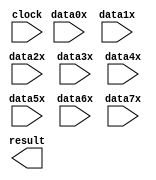
// megafunction wizard: %PARALLEL_ADD%VBB%
// GENERATION: STANDARD
// VERSION: WM1.0
// MODULE: parallel_add 

// ============================================================
// Megafunction Name(s):
// 			parallel_add
//
// Simulation Library Files(s):
// 			altera_mf
// ============================================================
// ************************************************************
// THIS IS A WIZARD-GENERATED FILE. DO NOT EDIT THIS FILE!
//
// 17.1.0 Build 590 10/25/2017 SJ Lite Edition
// ************************************************************

//Copyright (C) 2017  Intel Corporation. All rights reserved.
//Your use of Intel Corporation's design tools, logic functions 
//and other software and tools, and its AMPP partner logic 
//functions, and any output files from any of the foregoing 
//(including device programming or simulation files), and any 
//associated documentation or information are expressly subject 
//to the terms and conditions of the Intel Program License 
//Subscription Agreement, the Intel Quartus Prime License Agreement,
//the Intel FPGA IP License Agreement, or other applicable license
//agreement, including, without limitation, that your use is for
//the sole purpose of programming logic devices manufactured by
//Intel and sold by Intel or its authorized distributors.  Please
//refer to the applicable agreement for further details.

module add (
	clock,
	data0x,
	data1x,
	data2x,
	data3x,
	data4x,
	data5x,
	data6x,
	data7x,
	result);

	input	  clock;
	input	[7:0]  data0x;
	input	[7:0]  data1x;
	input	[7:0]  data2x;
	input	[7:0]  data3x;
	input	[7:0]  data4x;
	input	[7:0]  data5x;
	input	[7:0]  data6x;
	input	[7:0]  data7x;
	output	[10:0]  result;
`ifndef ALTERA_RESERVED_QIS
// synopsys translate_off
`endif
	tri0	  clock;
`ifndef ALTERA_RESERVED_QIS
// synopsys translate_on
`endif

endmodule

// ============================================================
// CNX file retrieval info
// ============================================================
// Retrieval info: PRIVATE: INTENDED_DEVICE_FAMILY STRING "MAX 10"
// Retrieval info: PRIVATE: SYNTH_WRAPPER_GEN_POSTFIX STRING "0"
// Retrieval info: LIBRARY: altera_mf altera_mf.altera_mf_components.all
// Retrieval info: CONSTANT: MSW_SUBTRACT STRING "NO"
// Retrieval info: CONSTANT: PIPELINE NUMERIC "1"
// Retrieval info: CONSTANT: REPRESENTATION STRING "UNSIGNED"
// Retrieval info: CONSTANT: RESULT_ALIGNMENT STRING "LSB"
// Retrieval info: CONSTANT: SHIFT NUMERIC "0"
// Retrieval info: CONSTANT: SIZE NUMERIC "8"
// Retrieval info: CONSTANT: WIDTH NUMERIC "8"
// Retrieval info: CONSTANT: WIDTHR NUMERIC "11"
// Retrieval info: USED_PORT: clock 0 0 0 0 INPUT GND "clock"
// Retrieval info: USED_PORT: data0x 0 0 8 0 INPUT NODEFVAL "data0x[7..0]"
// Retrieval info: USED_PORT: data1x 0 0 8 0 INPUT NODEFVAL "data1x[7..0]"
// Retrieval info: USED_PORT: data2x 0 0 8 0 INPUT NODEFVAL "data2x[7..0]"
// Retrieval info: USED_PORT: data3x 0 0 8 0 INPUT NODEFVAL "data3x[7..0]"
// Retrieval info: USED_PORT: data4x 0 0 8 0 INPUT NODEFVAL "data4x[7..0]"
// Retrieval info: USED_PORT: data5x 0 0 8 0 INPUT NODEFVAL "data5x[7..0]"
// Retrieval info: USED_PORT: data6x 0 0 8 0 INPUT NODEFVAL "data6x[7..0]"
// Retrieval info: USED_PORT: data7x 0 0 8 0 INPUT NODEFVAL "data7x[7..0]"
// Retrieval info: USED_PORT: result 0 0 11 0 OUTPUT NODEFVAL "result[10..0]"
// Retrieval info: CONNECT: @clock 0 0 0 0 clock 0 0 0 0
// Retrieval info: CONNECT: @data 0 0 8 0 data0x 0 0 8 0
// Retrieval info: CONNECT: @data 0 0 8 8 data1x 0 0 8 0
// Retrieval info: CONNECT: @data 0 0 8 16 data2x 0 0 8 0
// Retrieval info: CONNECT: @data 0 0 8 24 data3x 0 0 8 0
// Retrieval info: CONNECT: @data 0 0 8 32 data4x 0 0 8 0
// Retrieval info: CONNECT: @data 0 0 8 40 data5x 0 0 8 0
// Retrieval info: CONNECT: @data 0 0 8 48 data6x 0 0 8 0
// Retrieval info: CONNECT: @data 0 0 8 56 data7x 0 0 8 0
// Retrieval info: CONNECT: result 0 0 11 0 @result 0 0 11 0
// Retrieval info: GEN_FILE: TYPE_NORMAL add.v TRUE
// Retrieval info: GEN_FILE: TYPE_NORMAL add.inc FALSE
// Retrieval info: GEN_FILE: TYPE_NORMAL add.cmp FALSE
// Retrieval info: GEN_FILE: TYPE_NORMAL add.bsf TRUE
// Retrieval info: GEN_FILE: TYPE_NORMAL add_inst.v TRUE
// Retrieval info: GEN_FILE: TYPE_NORMAL add_bb.v TRUE
// Retrieval info: LIB_FILE: altera_mf